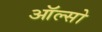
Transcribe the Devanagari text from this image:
ऑल्सो